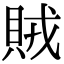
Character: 賊